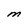
Character: M